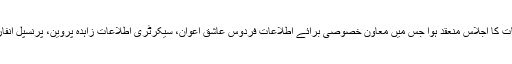
اے پی پی کی رپورٹ کے مطابق وزیراعظم کی زیر صدارت وزات اطلاعات کا اجلاس منعقد ہوا جس میں معاون خصوصی برائے اطلاعات فردوس عاشق اعوان، سیکرٹری اطلاعات زاہدہ پروین، پرنسپل انفارمیشن آفیسر طاہر خوشنود اور وزارت کے دیگر سینئر افسران شریک تھے۔